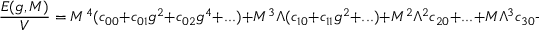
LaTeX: \frac { { \cal E } ( g , M ) } { V } = M ^ { 4 } ( c _ { 0 0 } + c _ { 0 1 } g ^ { 2 } + c _ { 0 2 } g ^ { 4 } + . . . ) + M ^ { 3 } \Lambda ( c _ { 1 0 } + c _ { 1 1 } g ^ { 2 } + . . . ) + M ^ { 2 } \Lambda ^ { 2 } c _ { 2 0 } + . . . + M \Lambda ^ { 3 } c _ { 3 0 } + . . .